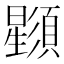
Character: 𣌌